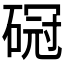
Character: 𥔒